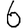
Digit: 6